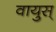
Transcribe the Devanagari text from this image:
वायुस्